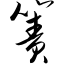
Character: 箦